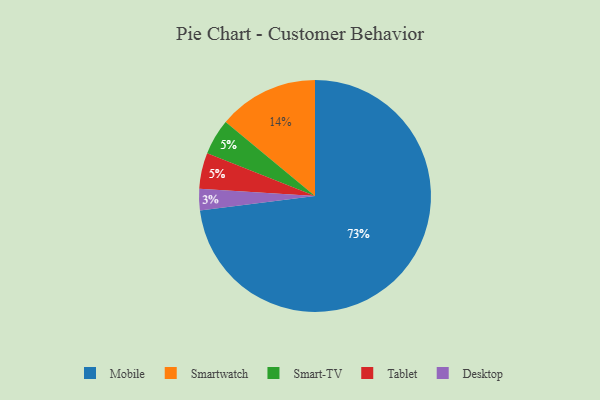
{"axis": {"x": "Category", "y": "Percentage"}, "legend": ["Desktop", "Mobile", "Smart-TV", "Smartwatch", "Tablet"], "data": [{"x": "Smartwatch", "y": 14, "type": "Smartwatch"}, {"x": "Smart-TV", "y": 5, "type": "Smart-TV"}, {"x": "Mobile", "y": 73, "type": "Mobile"}, {"x": "Tablet", "y": 5, "type": "Tablet"}, {"x": "Desktop", "y": 3, "type": "Desktop"}]}